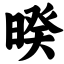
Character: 暌